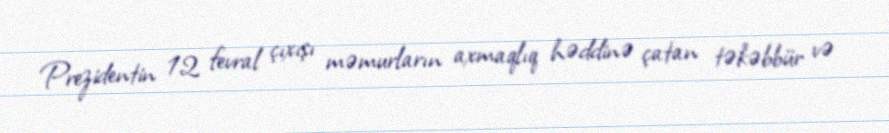
Prezidentin 12 fevral çıxışı məmurların axmaqlıq həddinə çatan təkəbbür və